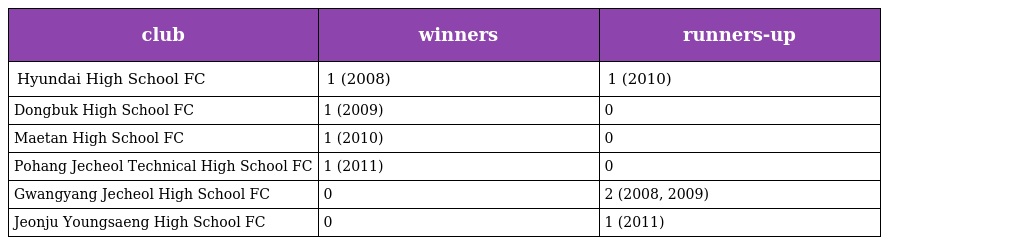
| club | winners | runners-up |
 | --- | --- | --- |
 | Hyundai High School FC | 1 (2008) | 1 (2010) |
 | Dongbuk High School FC | 1 (2009) | 0 |
 | Maetan High School FC | 1 (2010) | 0 |
 | Pohang Jecheol Technical High School FC | 1 (2011) | 0 |
 | Gwangyang Jecheol High School FC | 0 | 2 (2008, 2009) |
 | Jeonju Youngsaeng High School FC | 0 | 1 (2011) |